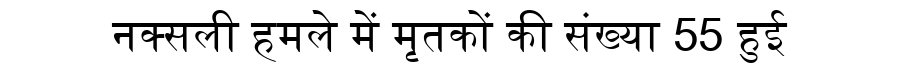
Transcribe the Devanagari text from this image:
नक्सली हमले में मृतकों की संख्या 55 हुई